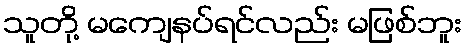
သူတို့ မကျေနပ်ရင်လည်း မဖြစ်ဘူး